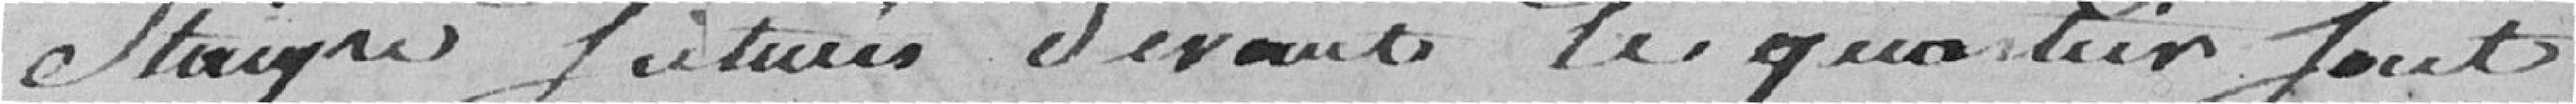
STAIGNE suturés devant le quartier soit